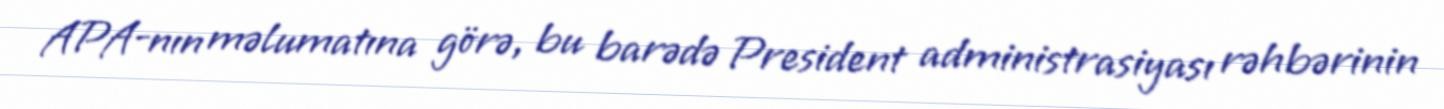
APA-nın məlumatına görə, bu barədə President administrasiyası rəhbərinin